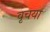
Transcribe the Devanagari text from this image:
वृचया